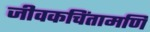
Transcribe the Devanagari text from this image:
जीवकचिंतामणि